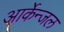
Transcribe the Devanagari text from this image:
आर्केन्जल